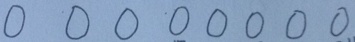
0 0 0 0 0 0 0 0